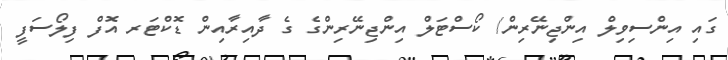
ގައި އިންސިވިލް އިންޖިނޭރިން/ ކޯސްޓަލް އިންޖިނޭރިންގެ ގެ ދާއިރާއިން ޑޮކްޓަރ އޮފް ފިލޯސަފީ